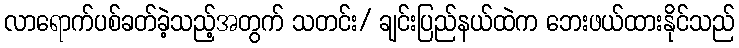
လာရောက်ပစ်ခတ်ခဲ့သည့်အတွက် သတင်း/ ချင်းပြည်နယ်ထဲက ဘေးဖယ်ထားနိုင်သည်